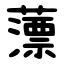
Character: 薸